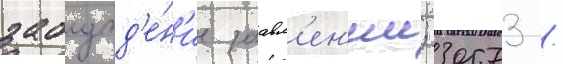
заблужд'е́н'ие заавл'ен'ии; 30573 /